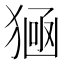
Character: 𤠀